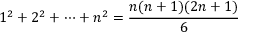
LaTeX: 1 ^ { 2 } + 2 ^ { 2 } + \cdots + n ^ { 2 } = { \frac { n ( n + 1 ) ( 2 n + 1 ) } { 6 } }